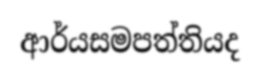
ආර්යසමපත්තියද